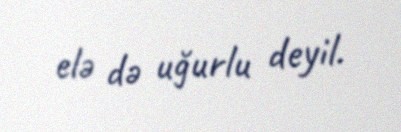
elə də uğurlu deyil.